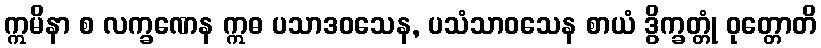
ဣမိနာ စ လက္ခဏေန ဣဓ ပသာဒဝသေန, ပသံသာဝသေန စာယံ ဒွိက္ခတ္တုံ ဝုတ္တောတိ